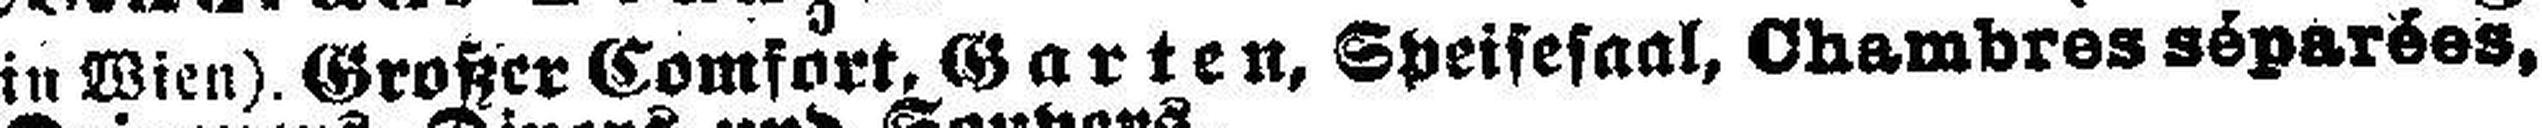
in Wien). Großer Comfort. Garten, Speisesaal, Chambres séparées,